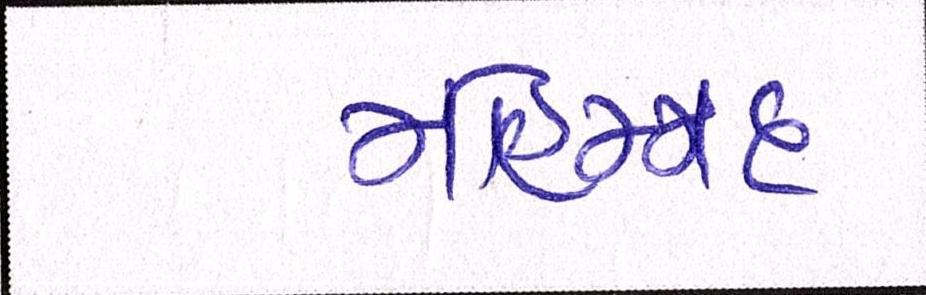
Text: મોહમ્મદ